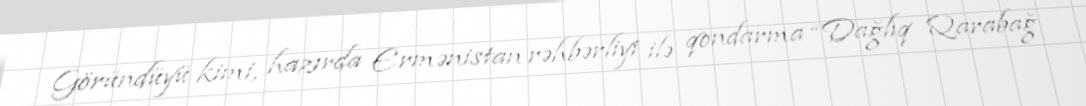
Göründüyü kimi, hazırda Ermənistan rəhbərliyi ilə qondarma “Dağlıq Qarabağ